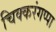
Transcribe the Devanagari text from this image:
चिक्करंगप्पा